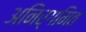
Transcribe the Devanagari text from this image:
अनिर्गमित